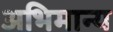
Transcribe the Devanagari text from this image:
अभिमान्य